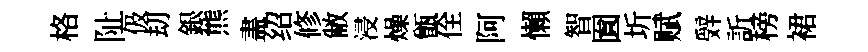
格阯伋刧銀熊𥁞绍修敝浸燥甑佺阿懶智圎圻赋辤訢榜裙